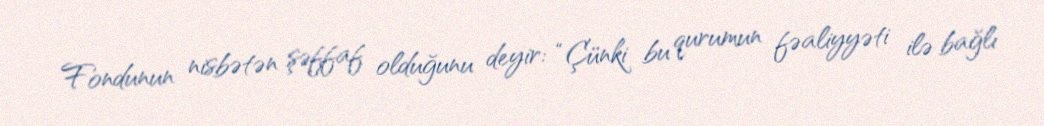
Fondunun nisbətən şəffaf olduğunu deyir: “Çünki bu qurumun fəaliyyəti ilə bağlı